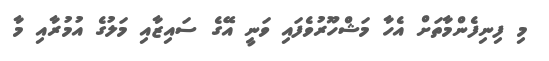
މި ފިނިފެންމާތަށް އެހާ މަޝްހޫރުވެފައި ވަނީ އޭގެ ސައިޒާއި މަލުގެ އުމުރާއި މާ